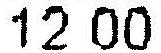
12.00